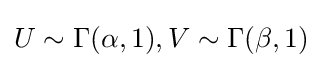
U\sim \Gamma (\alpha ,1),V\sim \Gamma (\beta ,1)